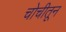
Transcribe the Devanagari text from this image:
चोचीतून